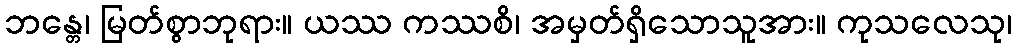
ဘန္တေ၊ မြတ်စွာဘုရား။ ယဿ ကဿစိ၊ အမှတ်ရှိသောသူအား။ ကုသလေသု၊